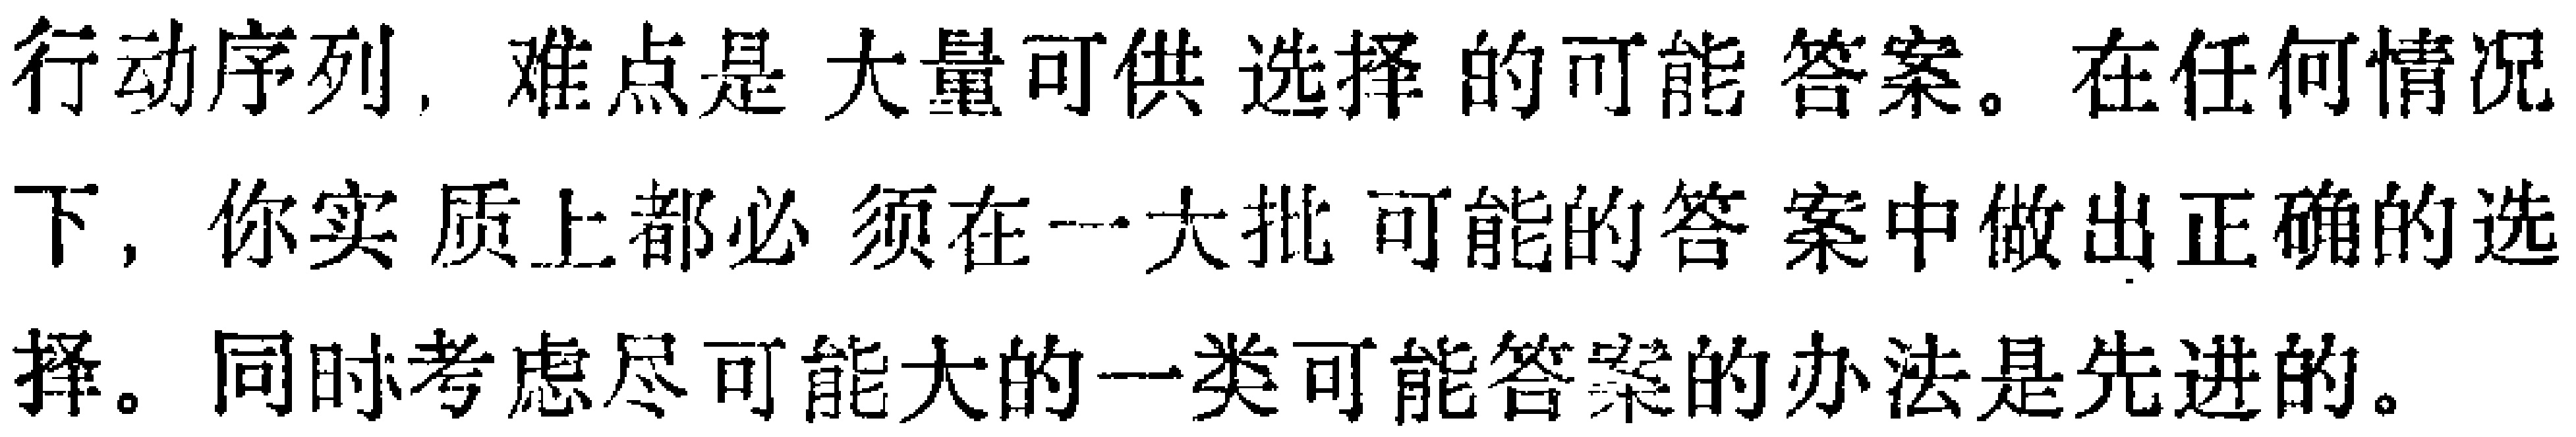
行动序列，难点是大量可供选择的可能答案。在任何情况下，你实质上都必须在一大批可能的答案中做出正确的选择。同时考虑尽可能大的一类可能答案的办法是先进的。